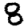
Digit: 8